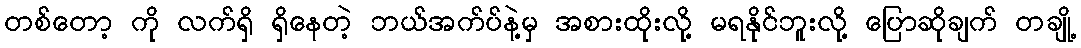
တစ်တော့ ကို လက်ရှိ ရှိနေတဲ့ ဘယ်အက်ပ်နဲ့မှ အစားထိုးလို့ မရနိုင်ဘူးလို့ ပြောဆိုချက် တချို့